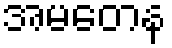
အမတေန